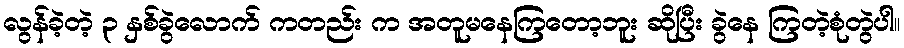
လွန်ခဲ့တဲ့ ၃ နှစ်ခွဲလောက် ကတည်း က အတူမနေကြတော့ဘူး ဆိုပြီး ခွဲနေ ကြတဲ့စုံတွဲပါ။